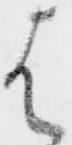
は